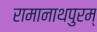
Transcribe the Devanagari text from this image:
रामानाथपुरम्